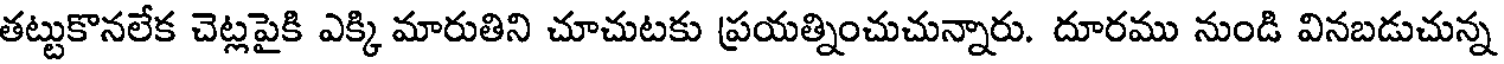
తట్టుకొనలేక చెట్లపైకి ఎక్కి మారుతిని చూచుటకు ప్రయత్నించుచున్నారు. దూరము నుండి వినబడుచున్న